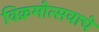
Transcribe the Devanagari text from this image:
विक्रमोत्सवाचे